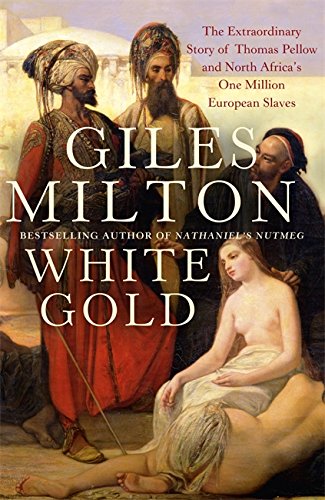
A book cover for White Gold: The Extraordinary Story of Thomas Pellow and North Africa's One Million European Slaves; Giles Milton; History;